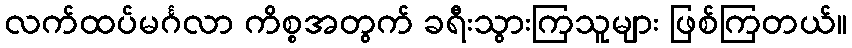
လက်ထပ်မင်္ဂလာ ကိစ္စအတွက် ခရီးသွားကြသူများ ဖြစ်ကြတယ်။